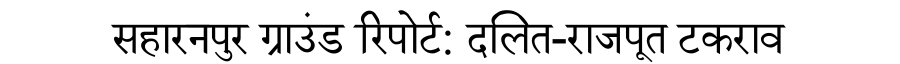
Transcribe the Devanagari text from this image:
सहारनपुर ग्राउंड रिपोर्ट: दलित-राजपूत टकराव